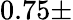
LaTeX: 0.75\pm